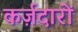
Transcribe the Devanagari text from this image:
कर्ज़दारों